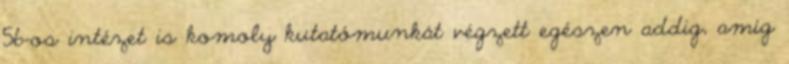
56-os intézet is komoly kutatómunkát végzett egészen addig, amíg